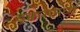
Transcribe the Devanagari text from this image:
डुक्करामध्ये